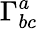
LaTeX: \Gamma_{bc}^{a}